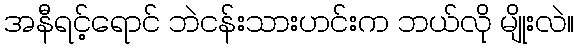
အနီရင့်ရောင် ဘဲငန်းသားဟင်းက ဘယ်လို မျိုးလဲ။